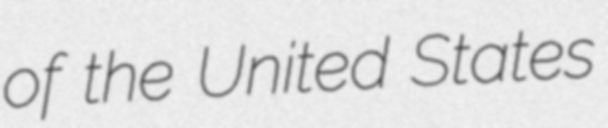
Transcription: of the United States